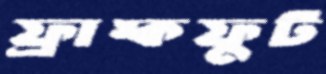
ফ্রাঙ্কফুট